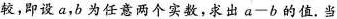
较，即设a，b为任意两个实数，求出$$a-b$$的值.当